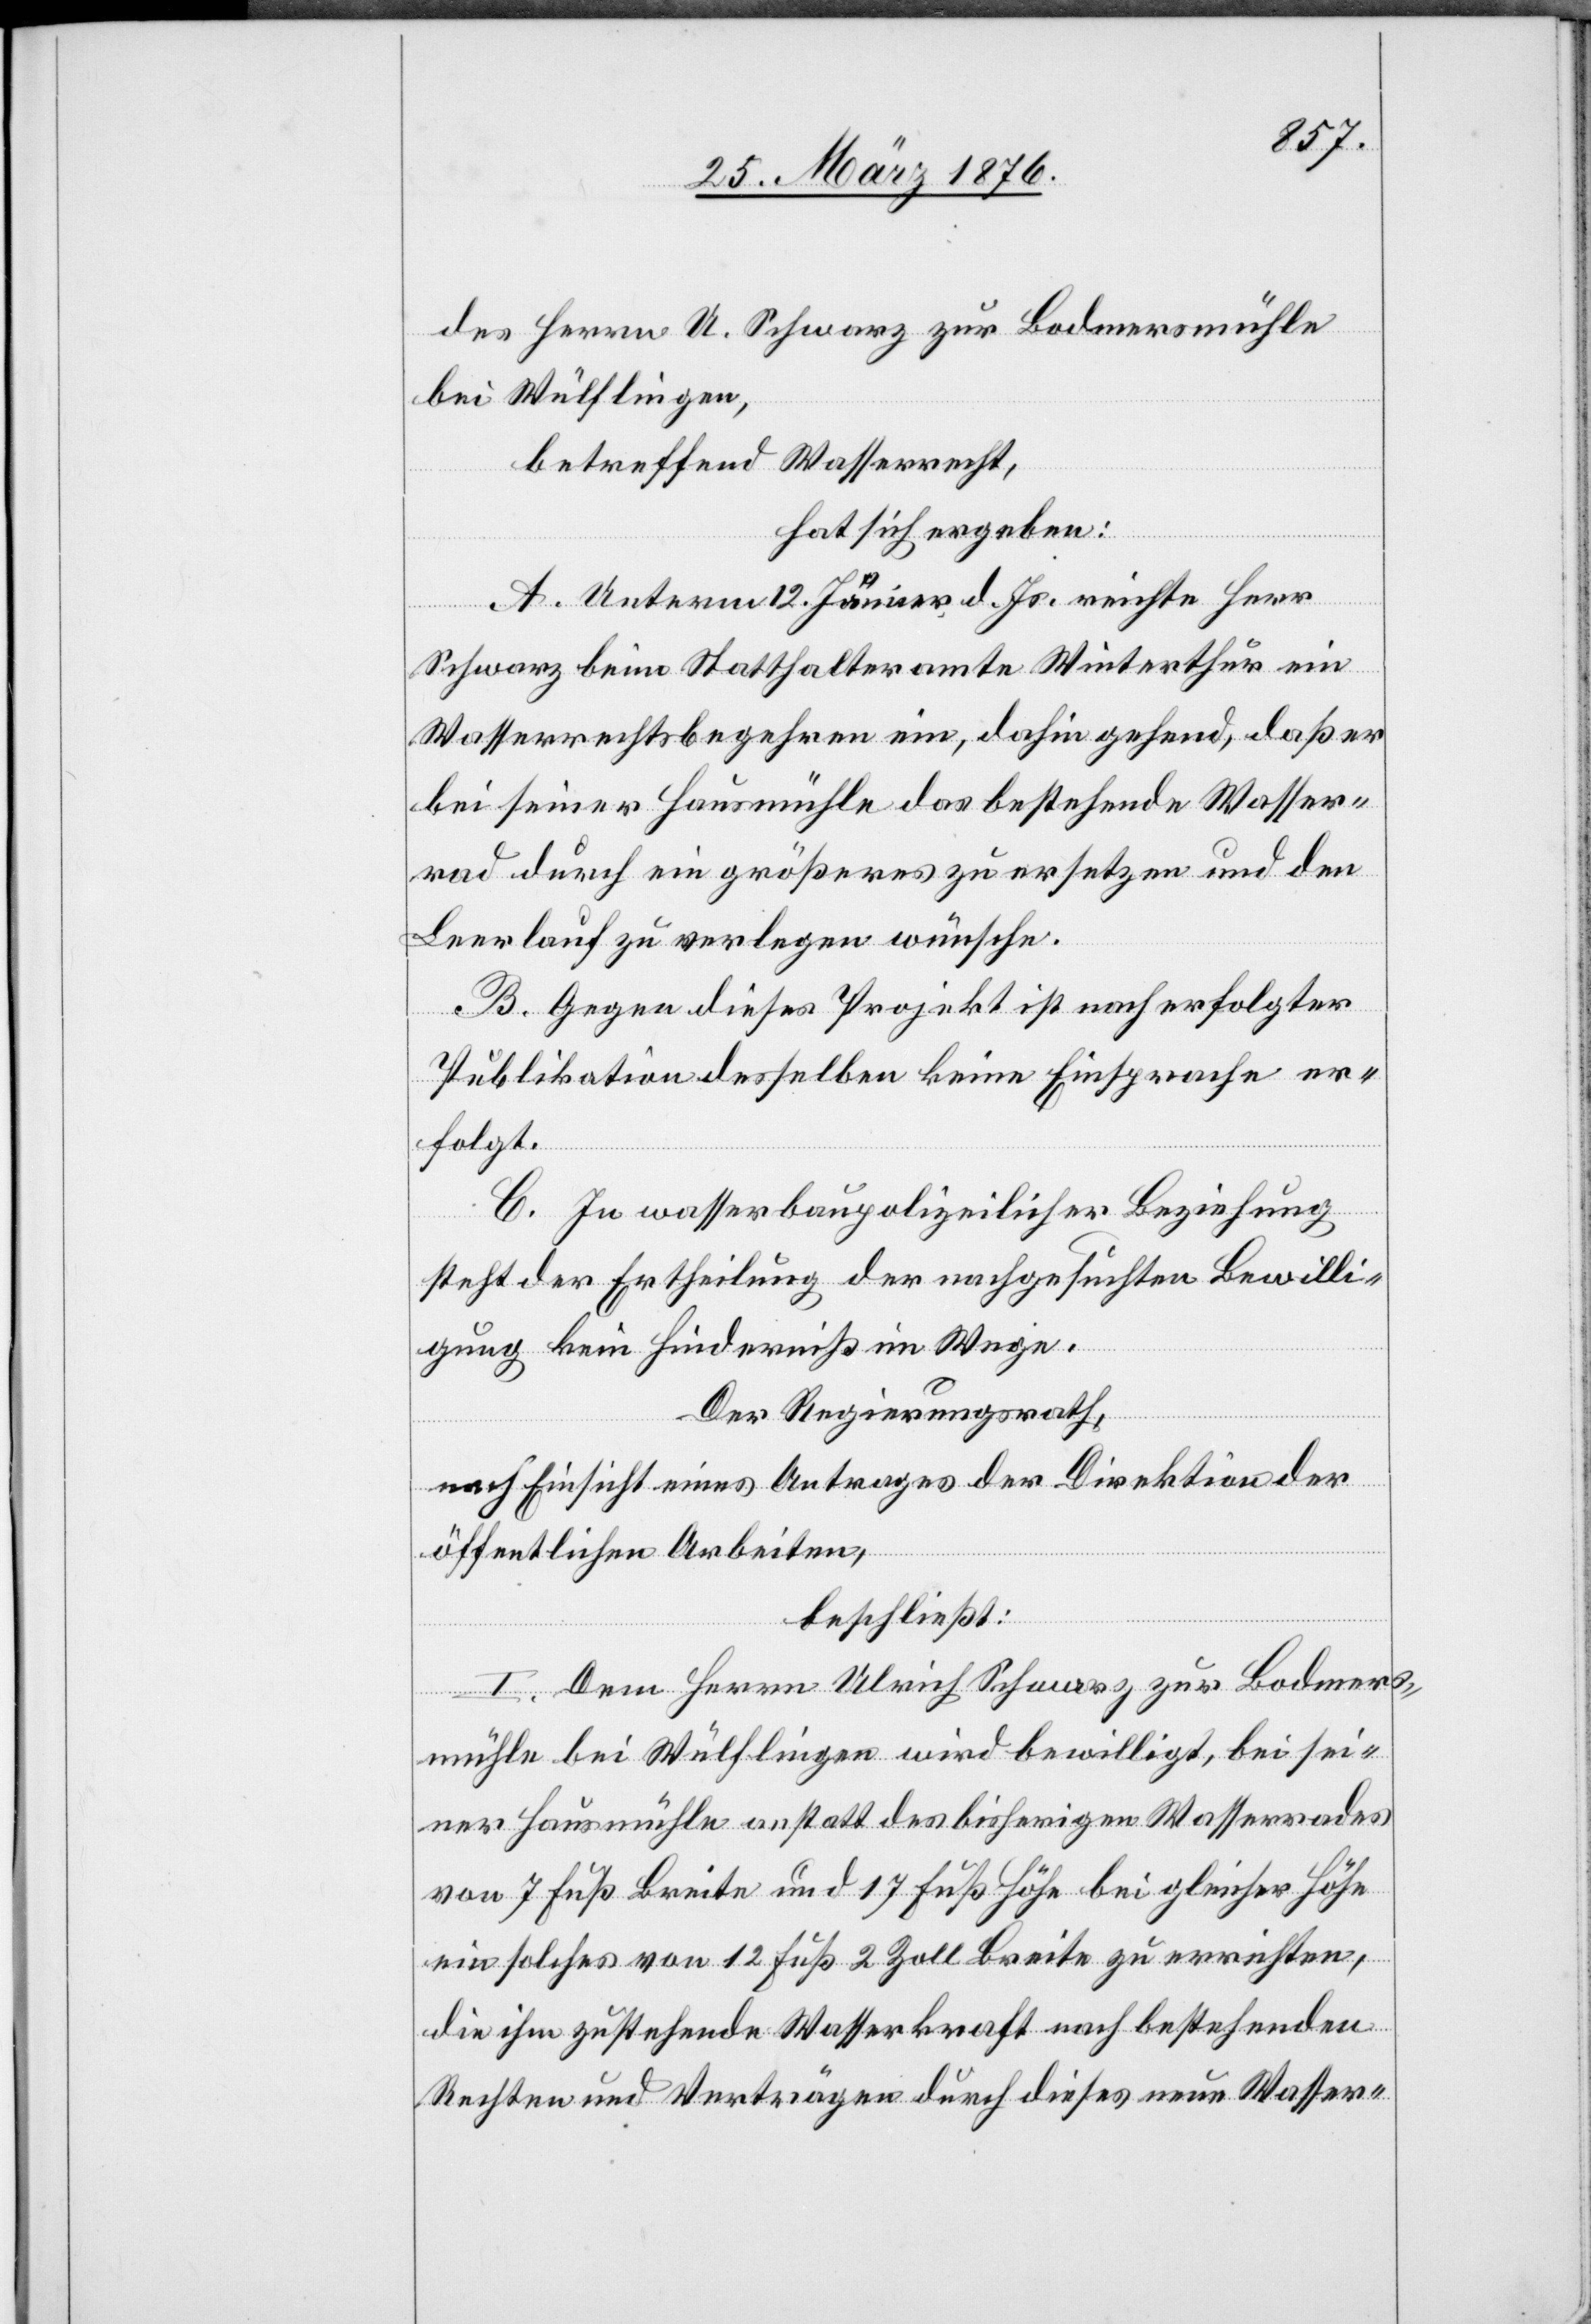
des Herrn U. Schwarz zur Bodmersmühle
bei Wülflingen,
betreffend Wasserrecht,
hat sich ergeben:
A. Unterm 12. Jenner d. Js. reichte Herr
Schwarz beim Statthalteramte Winterthur ein
Wasserrechtsbegehren ein, dahin gehend, daß er
bei seiner Hausmühle das bestehende Wasser¬
rad durch ein größeres zu ersetzen und den
Leerlauf zu verlegen wünsche.
B. Gegen dieses Projekt ist nach erfolgter
Publikation desselben keine Einsprache er¬
folgt.
C. In wasserbaupolizeilicher Beziehung
steht der Ertheilung der nachgesuchten Bewilli¬
gung kein Hinderniß im Wege.
Der Regierungsrath,
nach Einsicht eines Antrages der Direktion der
öffentlichen Arbeiten,
beschließt:
I. Dem Herrn Ulrich Schwarz zur Bodmers¬
mühle bei Wülflingen wird bewilligt, bei sei¬
ner Hausmühle anstatt des bisherigen Wasserrades
von 7 Fuß Breite und 17 Fuß Höhe bei gleicher Höhe
ein solches von 12 Fuß 2 Zoll Breite zu errichten,
die ihm zustehende Wasserkraft nach bestehenden
Rechten und Verträgen durch dieses neue Wasser-